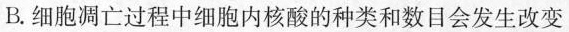
B.细胞凋亡过程中细胞内核酸的种类和数目会发生改变